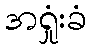
အရှုံးခံ